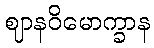
ဈာနဝိမောက္ခာန